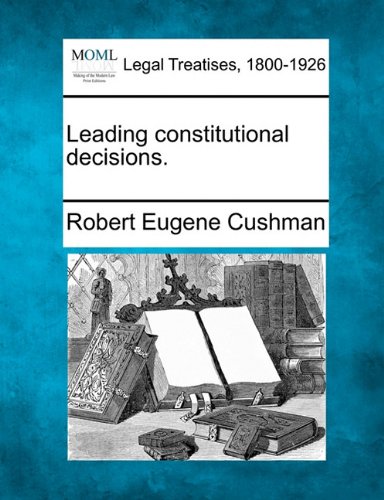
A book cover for Leading constitutional decisions.; Robert Eugene Cushman; Law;